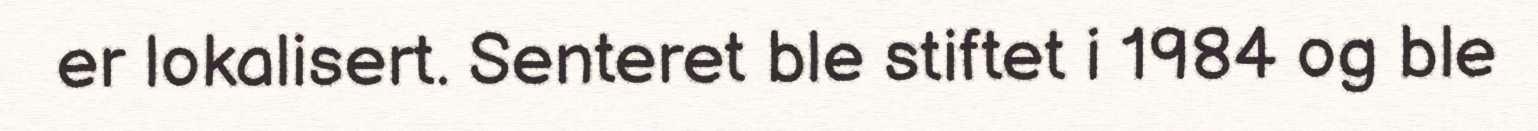
er lokalisert. Senteret ble stiftet i 1984 og ble